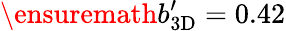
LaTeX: \ensuremath{b_{\mathrm{3D}}^{\prime}}=0.42